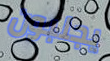
يجلبون